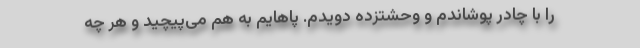
را با چادر پوشاندم و وحشتزده دویدم. پاهایم به هم می‌پیچید و هر چه